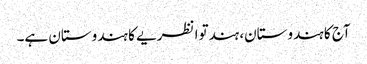
آج کا ہندوستان، ہندتوا نظریے کا ہندوستان ہے۔